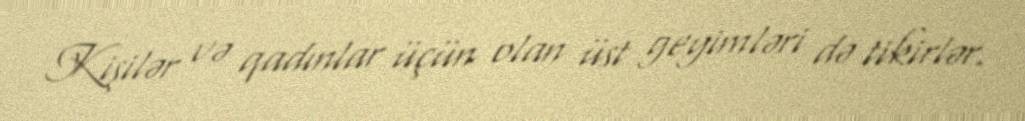
Kişilər və qadınlar üçün olan üst geyimləri də tikirlər.